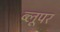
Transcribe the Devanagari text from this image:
ब्लूपर